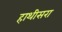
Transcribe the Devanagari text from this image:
हाथीसरा